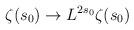
LaTeX: \begin{align*} \zeta (s_0)\rightarrow L^{2s_0}\zeta (s_0)\end{align*}